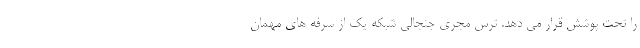
را تحت پوشش قرار می دهد. ترس مجری جنجالی شبکه یک از سرفه های مهمان